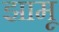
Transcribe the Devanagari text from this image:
झामू